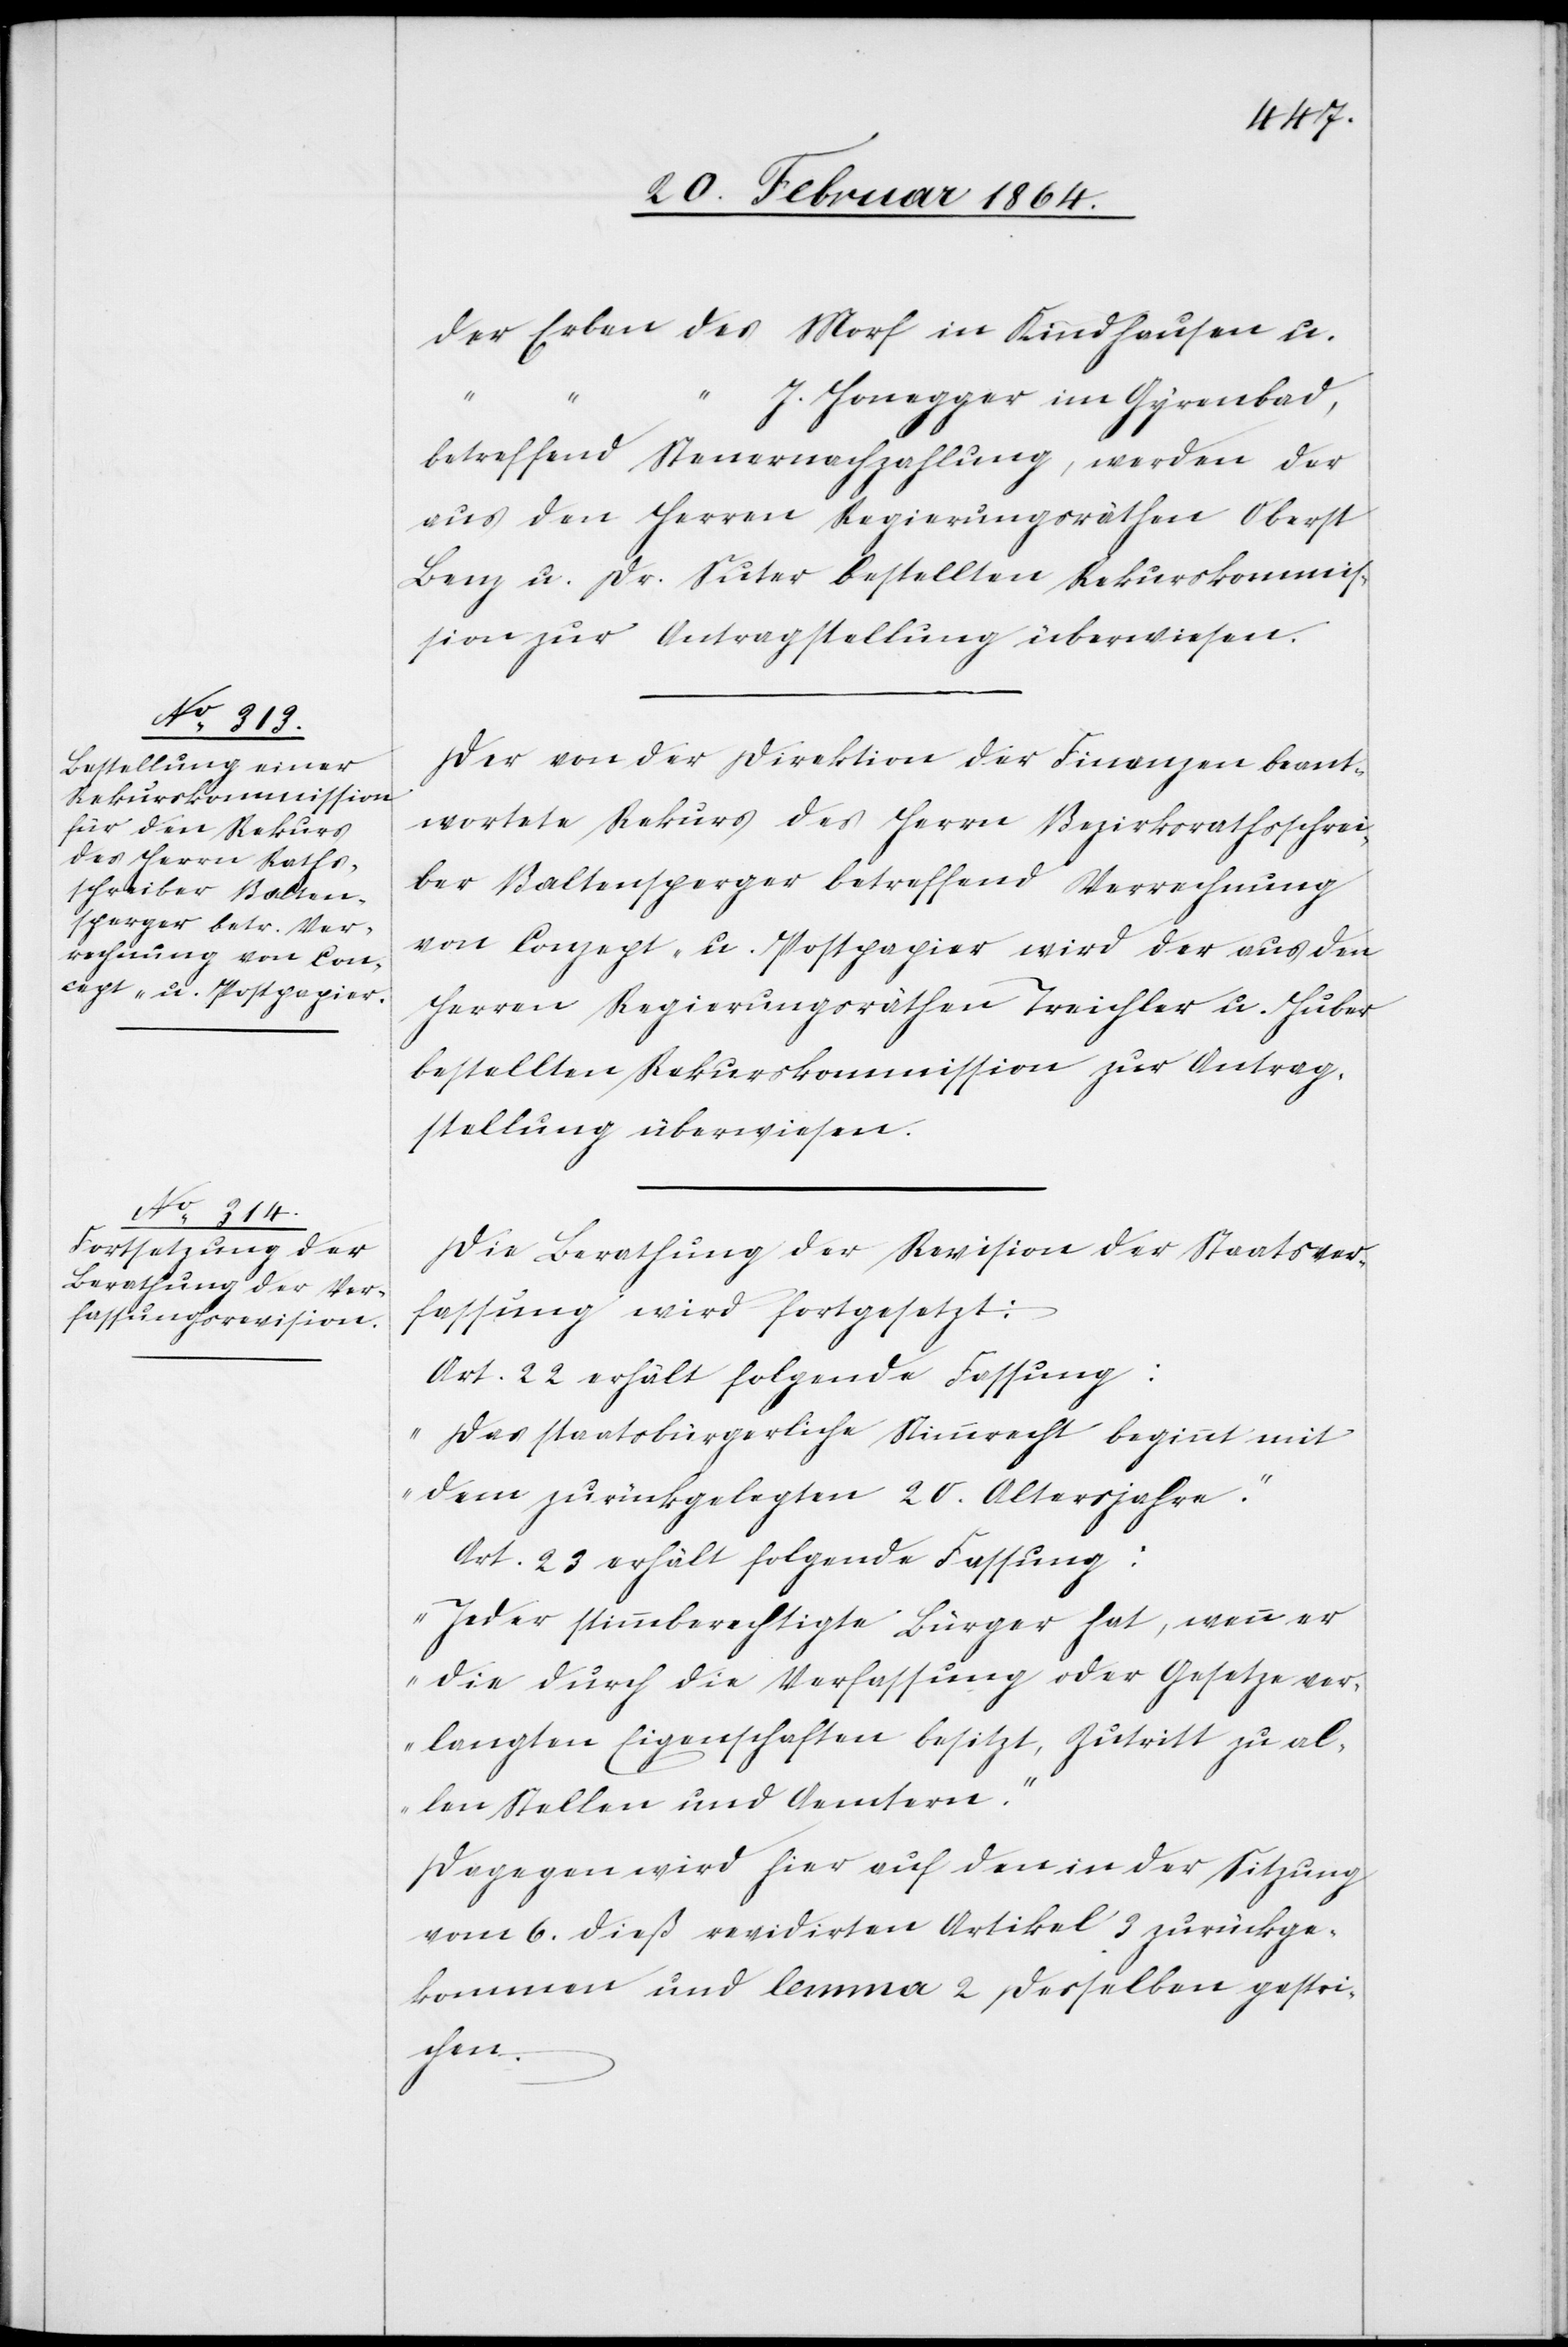
der Erben des Morf in Kindhausen u.
“
“ J. Honegger im Gyrenbad,
betreffend Steuernachzahlung, werden der
aus den Herren Regierungsräthen Oberst
Benz u. Dr. Suter bestellten Rekurskommis¬
sion zur Antragstellung überwiesen.
Der von der Direktion der Finanzen beant¬
wortete Rekurs des Herrn Bezirksrathsschrei¬
ber Baltensperger betreffend Verrechnung
von Conzept- u. Postpapier wird der aus den
Herren Regierungsräthen Treichler u. Huber
bestellten Rekurskommission zur Antrag¬
stellung überwiesen.
Die Berathung der Revision der Staatsver¬
fassung wird fortgesetzt:
Art. 22 erhält folgende Fassung:
„Das staatsbürgerliche Stimmrecht beginnt mit
dem zurückgelegten 20. Altersjahre.“
Art. 23 erhält folgende Fassung:
„Jeder stimmberechtigte Bürger hat, wenn er
die durch die Verfassung oder Gesetze ver¬
langten Eigenschaften besitzt, Zutritt zu al¬
len Stellen und Aemtern.“
Dagegen wird hier auf den in der Sitzung
vom 6. dieß revidirten Artikel 3 zurückge¬
kommen und lemma 2 desselben gestri¬
chen.